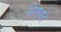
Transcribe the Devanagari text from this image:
श्वेतपर्वतं